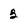
Character: 3